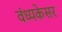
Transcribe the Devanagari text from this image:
वंध्यकेसर